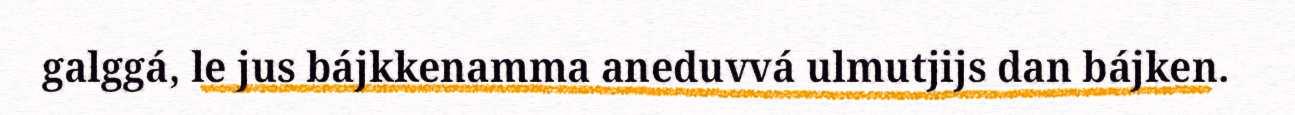
galggá, le jus bájkkenamma aneduvvá ulmutjijs dan bájken.